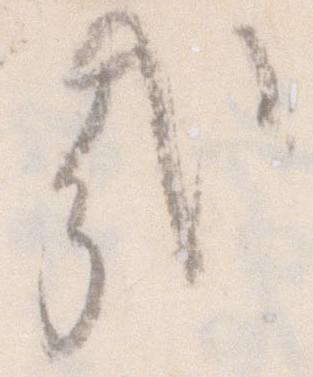
哉